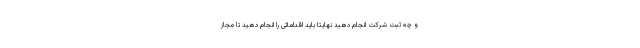
و چه ثبت شرکت انجام دهید نهایتا باید اقداماتی را انجام دهید تا مجاز